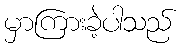
မှာကြားခဲ့ပါသည်